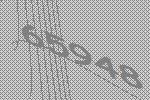
65948